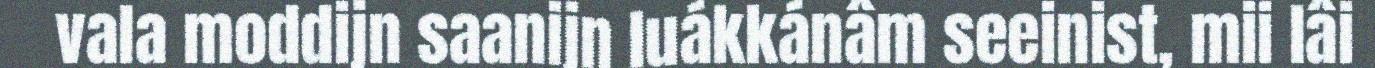
vala moddijn saanijn luákkánâm seeinist, mii lâi